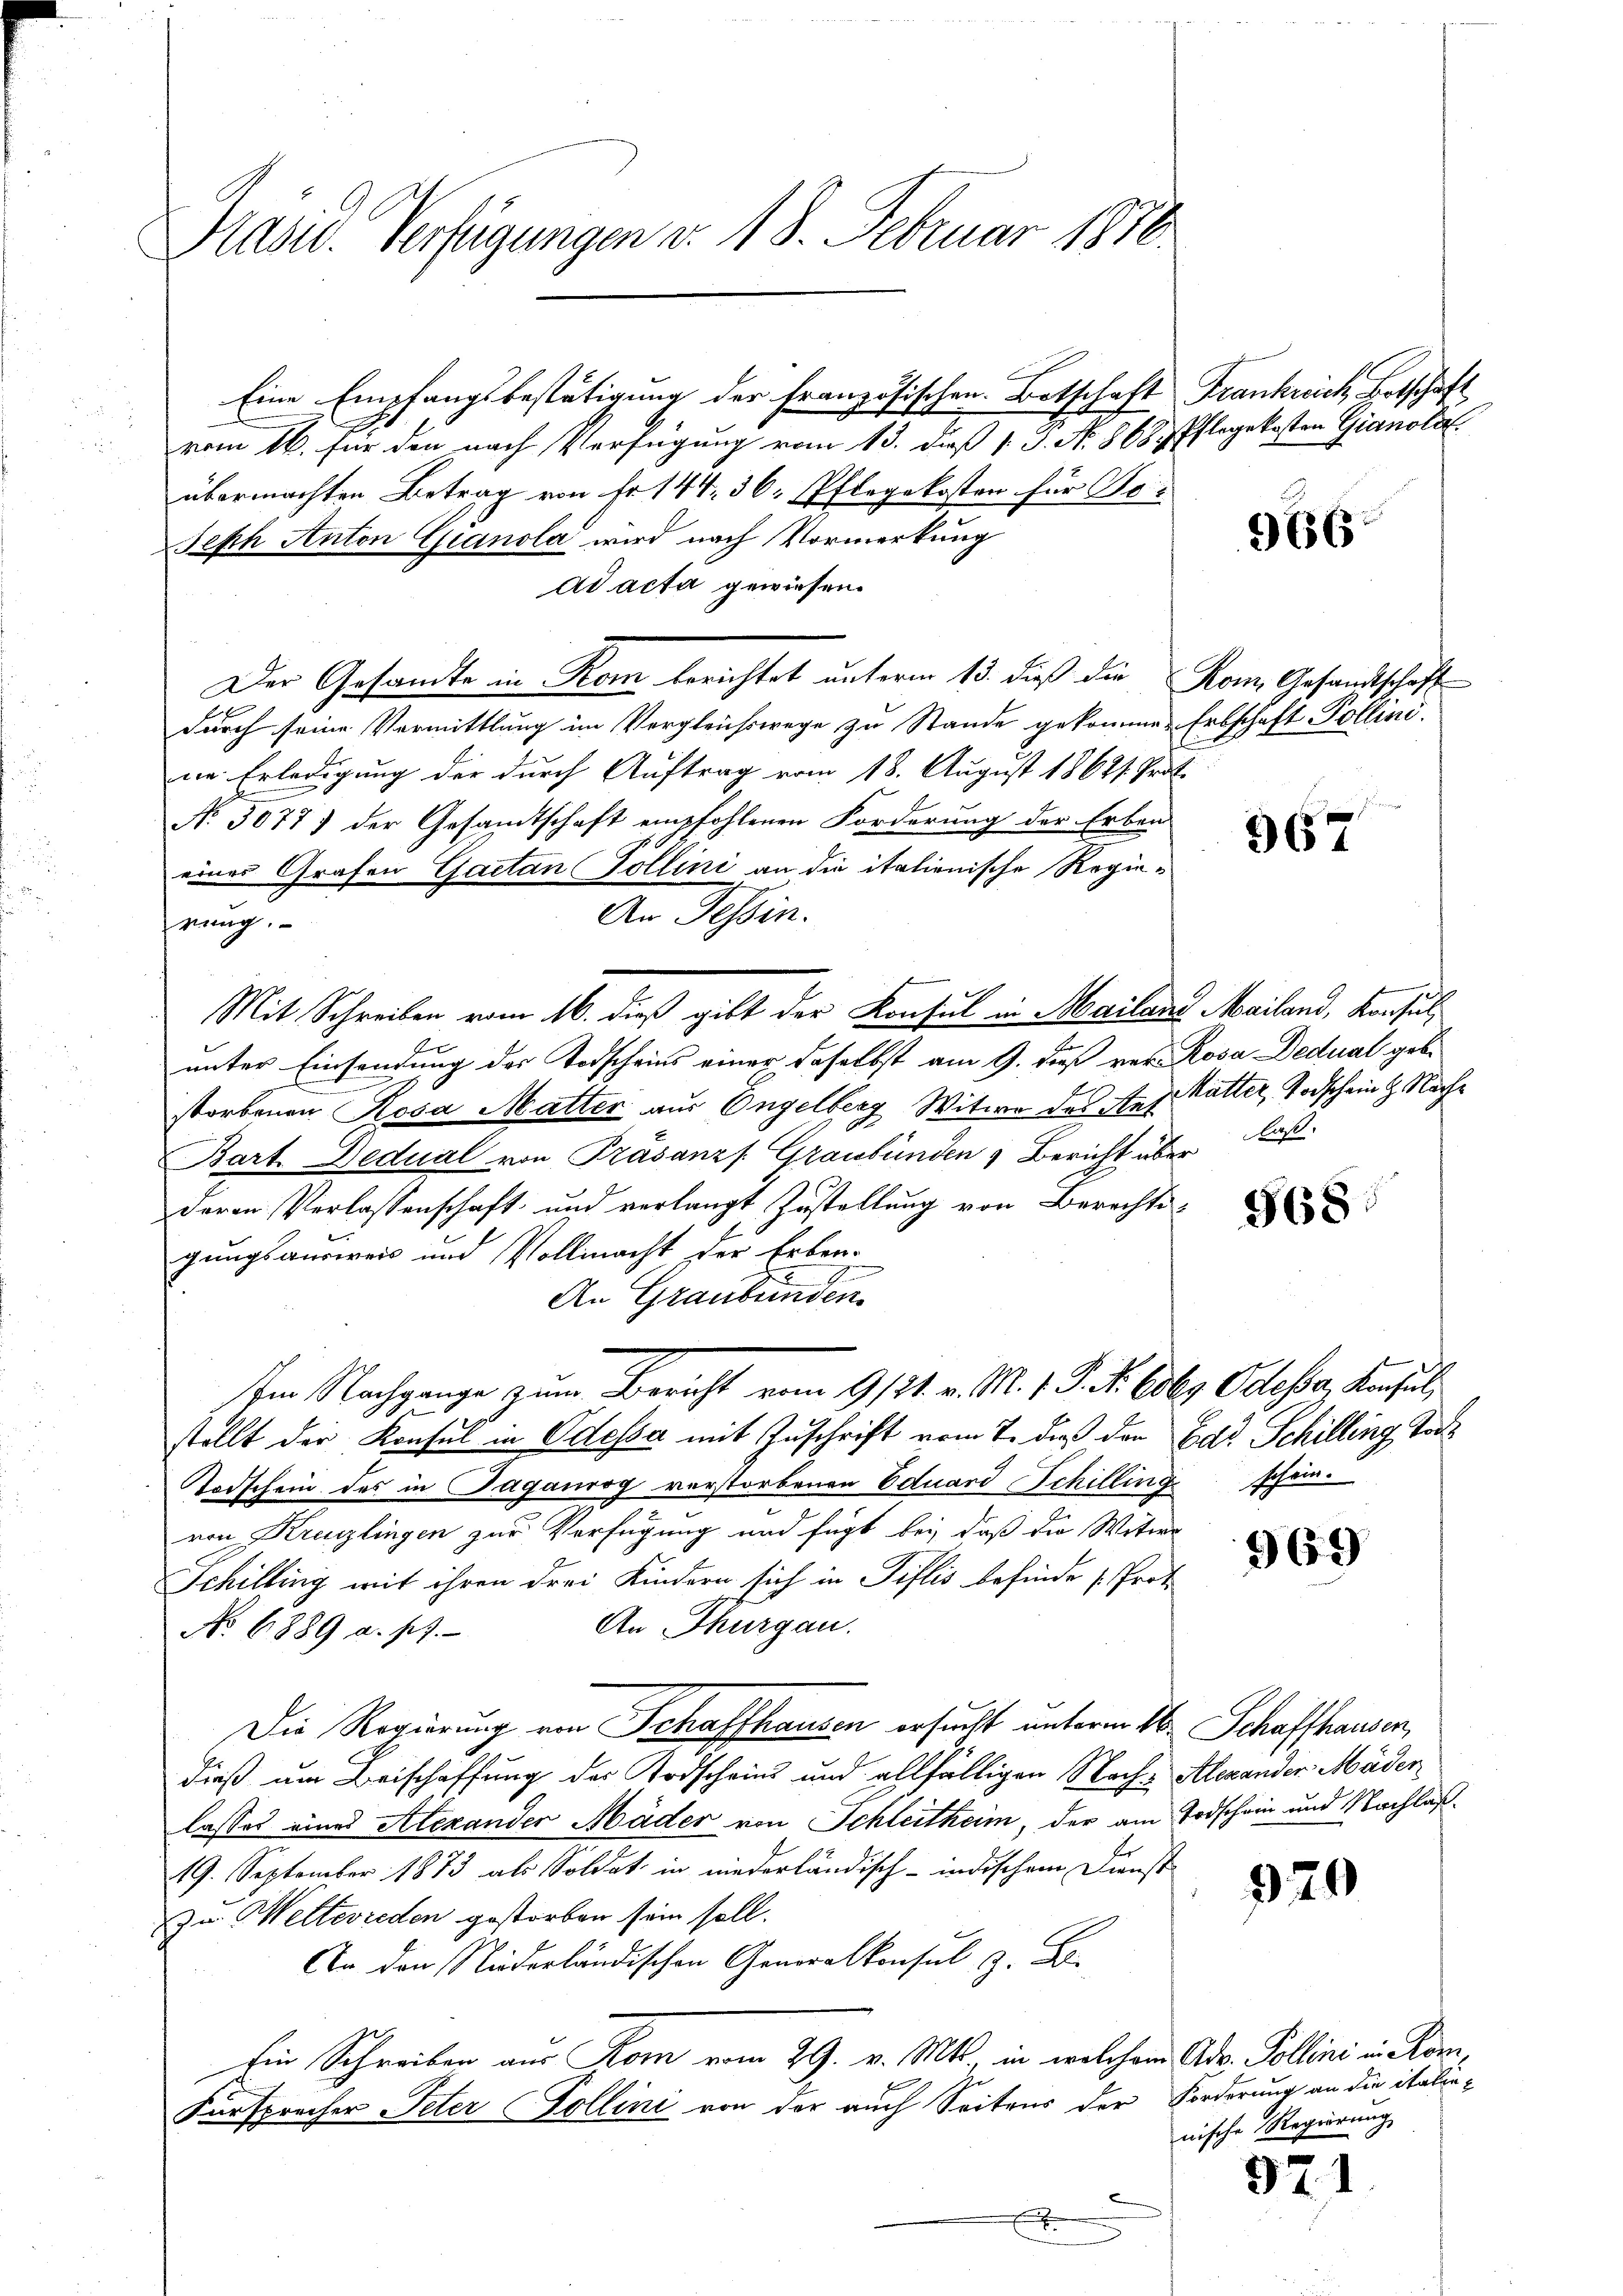
Präsid. Verfügungen v. 18. Februar 1870

vom 16. für den nach Verfügung vom 13. daß 1. 3. No. 86877.
übermachten Betrag von Fr. 144, 36 Pflegekosten für So¬
Seph Anton Gianola wird nach Vormerkung
ad acta gewiesen.
Der Gesandte in Rom berichtet unterm 13. dieß die Rom Gesandtschaff
f
durch seine Vermittlung im Vergleichswege zu Stande gekommen Erbschaft Pollini.
ne Erledigung der durch Auftrag vom 18. August 18621. Prot
No. 3077) der Gesandtschaft empfohlenen Forderung der Erben
rung.
Mit Schreiben vom 16. dieß gibt der Konsul in Mailand Mailand, Konsul¬
B.
unter Einsendung der Todscheins einer daselbst am 9. daß rer. Rosa Dedual geb.
storbenen Rosa Matter aus Engelberg Witwe des Auf Katter, Todschein & Nach¬
Bart. Dedual von Präsanz Graubünden & Bericht über bis
deren Verlassenschaft und verlangt Zustellung von Berechts-
gungsausweis und Vollmacht der Erben-
An Graubünden.
Im Nachgange zum Bericht vom 9/22. v. M. v. J. R. Coler Odesser, Konsuls
stellt der Konsul in Odessa mit Zuschrift vom 7. dieß den Bad Schilling Tode
Todschein des in Paganrog verstorbenen Eduard Schilling schein.
von Kreuzlingen zur Verfügung und fügt bei, daß die Witwe
Schilling mit ihren drei Kindern sich in Tillis befinde Prot
An Thurgau.
No 6889 a. p.
Die Regierung von Schaffhausen ersucht unterm 16. Schaffhausen,
dieß um Beischaffung der Todscheins und allfälligen Nach- Alexander Mäder
lasses eines Alexander Mäder von Schleitheim, der am Todschein und Nachlaß¬
19. September 1873 als Soldat in niederländisch-indischem Dienst
zu Wetterreden gestorben sein soll.
An den Niederländischen Generalkonsul z. B.
Ein Schreiben aus Rom vom 29. v. Mts., in welchem Adv. Pollini in Kom¬
Fürsprecher Peter Polline von der auch Seitens der Forderung an die italiee
x

eines Grafen Gaetan Pollini an die italienische Regie¬
An Tessin.

Eine Empfangsbestätigung der Französischen Botschaft Frankreich Botschaft

Pflegekosten Gianola.

966

967

968

969

979

nische Regierung

971